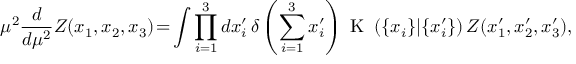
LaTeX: \mu ^ { 2 } \frac { d } { d \mu ^ { 2 } } Z ( x _ { 1 } , x _ { 2 } , x _ { 3 } ) \! = \! \int \prod _ { i = 1 } ^ { 3 } d x _ { i } ^ { \prime } \, \delta \left( \sum _ { i = 1 } ^ { 3 } x _ { i } ^ { \prime } \right) \mathrm { \boldmath ~ K ~ } \left( \{ x _ { i } \} | \{ x _ { i } ^ { \prime } \} \right) Z ( x _ { 1 } ^ { \prime } , x _ { 2 } ^ { \prime } , x _ { 3 } ^ { \prime } ) ,